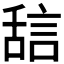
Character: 𬜇